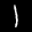
Label: 1